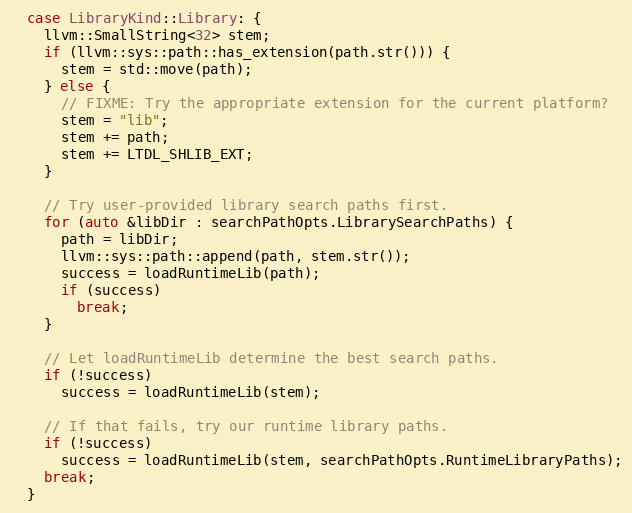
Language: C++
  case LibraryKind::Library: {
    llvm::SmallString<32> stem;
    if (llvm::sys::path::has_extension(path.str())) {
      stem = std::move(path);
    } else {
      // FIXME: Try the appropriate extension for the current platform?
      stem = "lib";
      stem += path;
      stem += LTDL_SHLIB_EXT;
    }

    // Try user-provided library search paths first.
    for (auto &libDir : searchPathOpts.LibrarySearchPaths) {
      path = libDir;
      llvm::sys::path::append(path, stem.str());
      success = loadRuntimeLib(path);
      if (success)
        break;
    }

    // Let loadRuntimeLib determine the best search paths.
    if (!success)
      success = loadRuntimeLib(stem);

    // If that fails, try our runtime library paths.
    if (!success)
      success = loadRuntimeLib(stem, searchPathOpts.RuntimeLibraryPaths);
    break;
  }